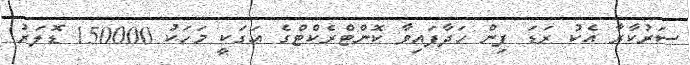
ސަރުކާރާ އެކު ރަޑަ ފިން ހަދާފައިވާ ކޮންޓްރެކްޓްގެ އަގަކީ މަހަކު 150000 ޑޮލަރު